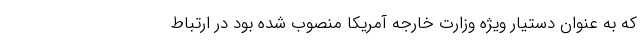
که به عنوان دستیار ویژه وزارت خارجه آمریکا منصوب شده بود در ارتباط